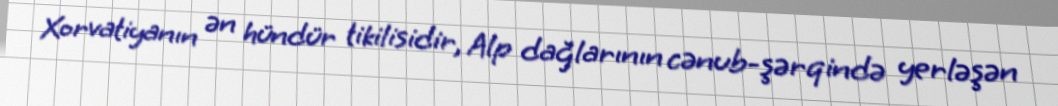
Xorvatiyanın ən hündür tikilisidir, Alp dağlarının cənub-şərqində yerləşən